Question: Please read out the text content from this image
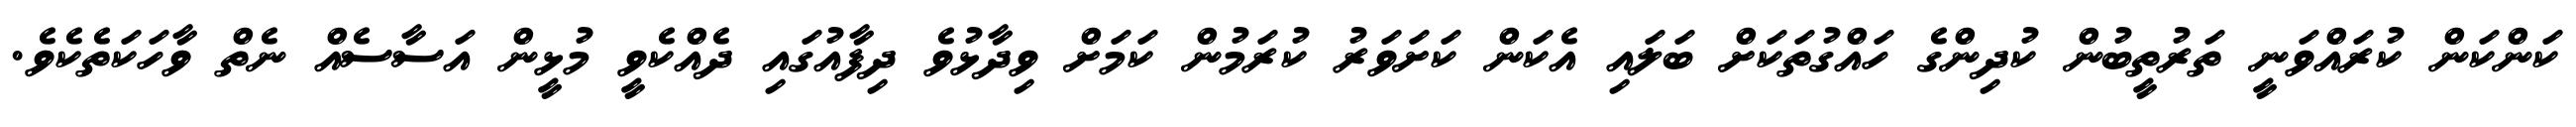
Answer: ކަންކަން ކުރައްވަނީ ތަރުތީބުން ކުދިންގެ ހައްގުތަކަށް ބަލައި އެކަން ކަށަވަރު ކުރަމުން ކަމަށް ވިދާޅުވެ ދިފާއުގައި ދެއްކެވީ މުޅީން އަސާސެއް ނެތް ވާހަކަތެކެވެ.